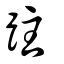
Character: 跓